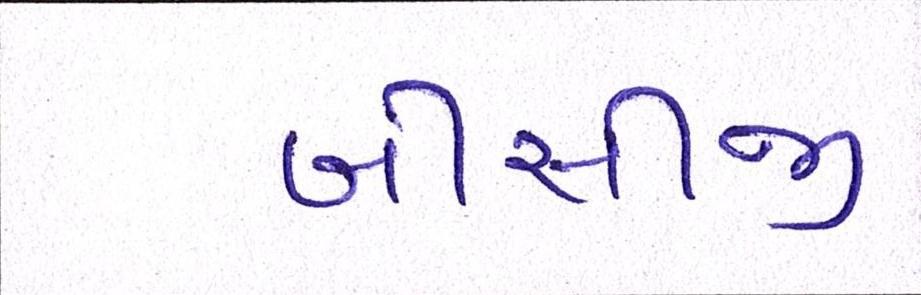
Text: બીસીજી